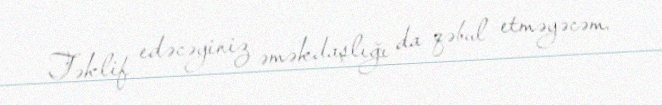
Təklif edəcəyiniz əməkdaşlığı da qəbul etməyəcəm.